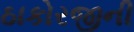
ઠાકોરજીની